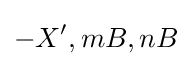
-X',mB,nB